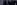
AND